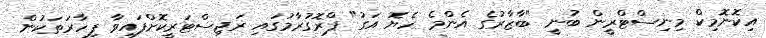
އިކޮނޮމިކް މިނިސްޓްރީން ބުނީ "ބާޒާރުގެ އެންމެ ހެޔޮ އަގު" ޕްރޮގުރާމުގައި ރަޖިސްޓަރީކޮށްފައިވާ ފިހާރަތަކުން